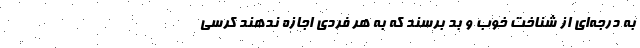
به درجه‌ای از شناخت خوب و بد برسند که به هر فردی اجازه ندهند کرسی